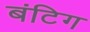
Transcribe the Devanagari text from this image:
बंटिग